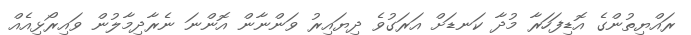
ރައްޔިތުންގެ އޮޑިފަހަރާ މުދާ ކަނޑަށް އަރަގުވެ ދިޔައިރު ވަންނާން އޮންނަ ނެރާދިމާލުން ވައިރޯޅިއެއް